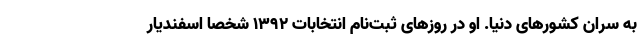
به سران کشورهای دنیا. او در روزهای ثبت‌نام انتخابات ۱۳۹۲ شخصا اسفندیار